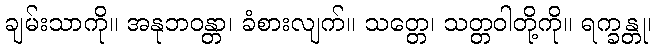
ချမ်းသာကို။ အနုဘဝန္တာ၊ ခံစားလျက်။ သတ္တေ၊ သတ္တဝါတို့ကို။ ရက္ခန္တု၊